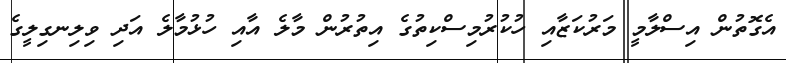
އެގޮތުން އިސްލާމީ މަރުކަޒާއި ހުކުރުމިސްކިތުގެ އިތުރުން މާލެ އާއި ހުޅުމާލެ އަދި ވިލިނގިލީގެ